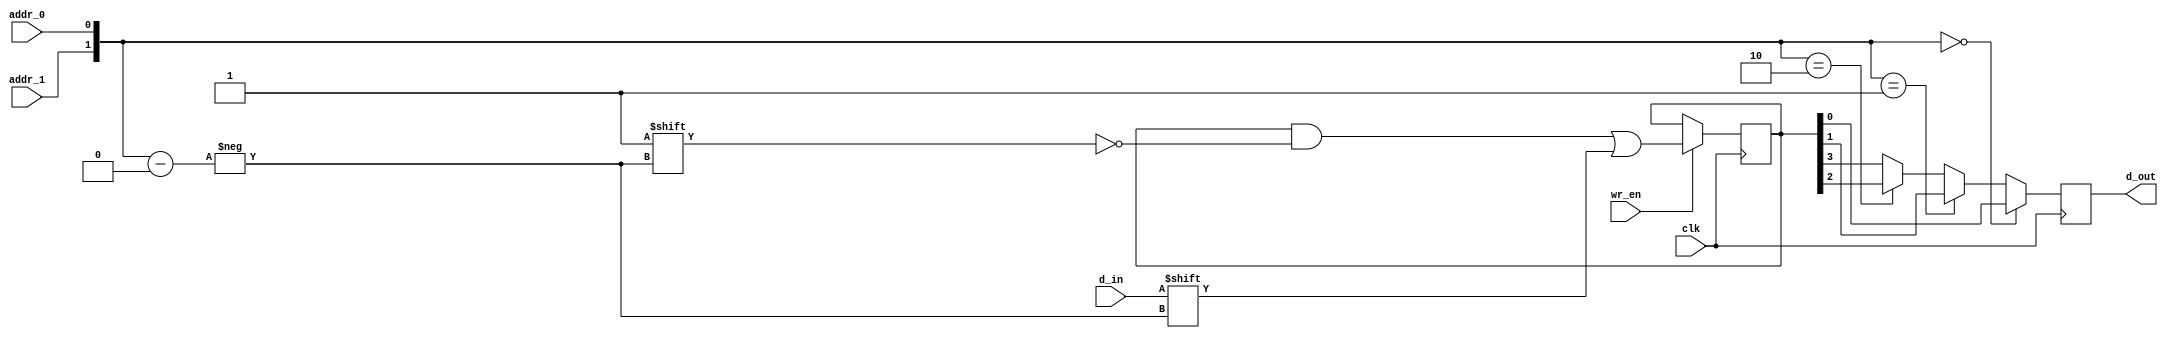
// This program was cloned from: https://github.com/lnis-uofu/OpenFPGA
// License: MIT License

/////////////////////////////////////////
//  Functionality: 4x1 memory async read
////////////////////////////////////////
`timescale 1ns / 1ps

module syn_spram_4x1(
  clk,
  addr_0,
  addr_1,
  d_in,
  wr_en,
  d_out );

  input wire  clk;
  input wire  addr_0;
  input wire  addr_1;
  input wire  d_in;
  input wire  wr_en;
  output reg  d_out;

  wire[1:0]   addr;
  wire        tmp;
  reg [3:0]   mem;

  assign addr = {addr_1, addr_0};
  assign tmp  = (addr == 2'd0)? mem[0]:
                (addr == 2'd1)? mem[1]:
                (addr == 2'd2)? mem[2]: mem[3];

  always@(posedge clk) begin
    if(wr_en) begin
      mem[addr] <= d_in;
    end
    d_out <= tmp;
  end

endmodule